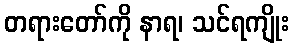
တရားတော်ကို နာရ၊ သင်ရကျိုး